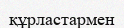
құрластармен